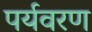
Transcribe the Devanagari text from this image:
पर्यवरण